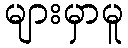
များမှာမူ